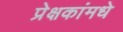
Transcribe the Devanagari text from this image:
प्रेक्षकांमधे